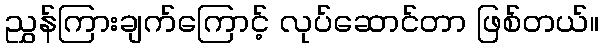
ညွှန်ကြားချက်ကြောင့် လုပ်ဆောင်တာ ဖြစ်တယ်။